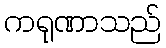
ကရုဏာသည်